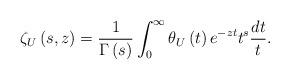
LaTeX: \begin{align*}\zeta _{U}\left( s,z\right) =\frac{1}{\Gamma \left( s\right) }\int_{0}^{\infty }\theta_{U}\left( t\right) e^{-zt}t^{s}\frac{dt}{t}. \end{align*}